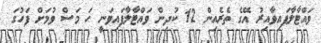
ވައްޓާލާފައިވާއިރު އޭގެ ތެރެއިން 12 ކުދިން ވައްޓާލާފައިވަނީ ހަ މަސް ވުމަށް ފަހުގަ